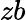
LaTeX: zb